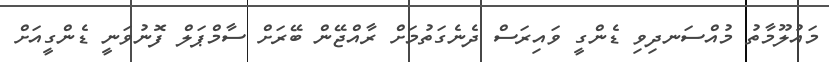
މައުލޫމާތު މުއްސަނދިވި ޑެންގީ ވައިރަސް ދެނެގަތުމަށް ރާއްޖޭން ބޭރަށް ސާމްޕަލް ފޮނުވަނީ ޑެންގީއަށް